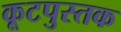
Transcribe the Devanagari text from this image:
कूटपुस्तक